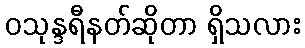
ဝသုန္ဒရီနတ်ဆိုတာ ရှိသလား